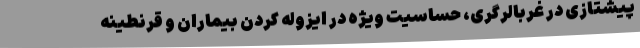
پیشتازی در غربالرگری، حساسیت ویژه در ایزوله کردن بیماران و قرنطینه